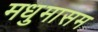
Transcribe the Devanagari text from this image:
मधुमासम